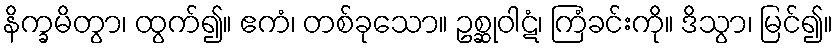
နိက္ခမိတွာ၊ ထွက်၍။ ဧကံ၊ တစ်ခုသော။ ဥစ္ဆုဝါဋံ၊ ကြံခင်းကို။ ဒိသွာ၊ မြင်၍။